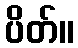
ပိတ်။